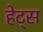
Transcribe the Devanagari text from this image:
हेट्स